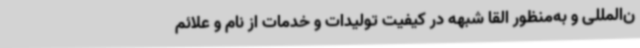
ن‌المللی و به‌منظور القا شبهه در کیفیت تولیدات و خدمات از نام و علائم